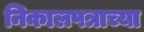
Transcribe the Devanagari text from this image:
निकालपत्राच्या